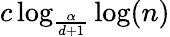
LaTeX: c\log_{\frac{\alpha}{d+1}}\log(n)